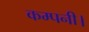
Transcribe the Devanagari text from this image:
कम्‍पनी।